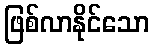
ဖြစ်လာနိုင်သော